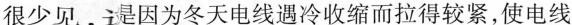
很少见，主是因为冬天电线遇冷收缩而拉得较紧，使电线